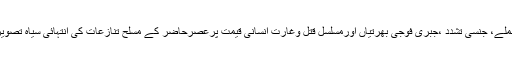
انہوں نے کہاکہ ٹارگٹڈ حملے، جنسی تشدد ،جبری فوجی بھرتیاں اورمسلسل قتل وغارت انسانی قیمت پرعصرحاضر کے مسلح تنازعات کی انتہائی سیاہ تصویر کی نشاندہی کرتے ہیں۔